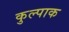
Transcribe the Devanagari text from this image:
कुल्पाक